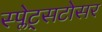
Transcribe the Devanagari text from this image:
स्प्लेट्सटोसर